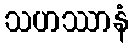
သဟဿာနံ